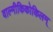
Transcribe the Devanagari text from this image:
वाल्मीकिकोकिलम्‌